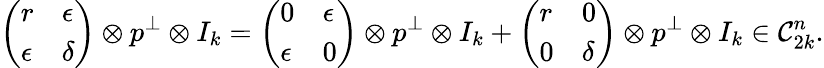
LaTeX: \left(\begin{array}{ll}{r}&{\epsilon}\\ {\epsilon}&{\delta}\end{array}\right)\otimes p^{\perp}\otimes I_{k}=\left(\begin{array}{ll}{0}&{\epsilon}\\ {\epsilon}&{0}\end{array}\right)\otimes p^{\perp}\otimes I_{k}+\left(\begin{array}{ll}{r}&{0}\\ {0}&{\delta}\end{array}\right)\otimes p^{\perp}\otimes I_{k}\in\mathcal{C}_{2k}^{n}.